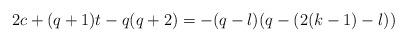
LaTeX: \begin{align*} 2c+(q+1)t-q(q+2)=-(q-l)(q-(2(k-1)-l))\end{align*}